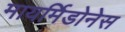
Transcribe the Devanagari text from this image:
मायर्मिडोनेस